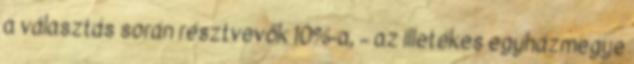
a választás során résztvevők 10%-a, – az illetékes egyházmegye